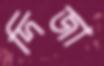
দিজা